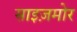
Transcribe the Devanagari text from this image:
साइज़मोर